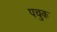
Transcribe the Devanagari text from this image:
पचुक